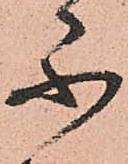
不